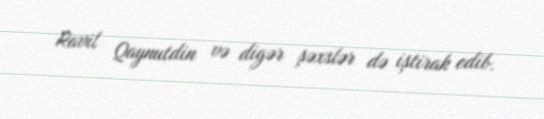
Ravil Qaynutdin və digər şəxslər də iştirak edib.